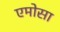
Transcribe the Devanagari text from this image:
एमोसा